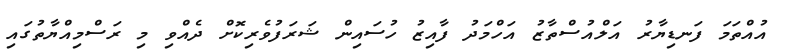
އުއްތަމަ ފަނޑިޔާރު އަލްއުސްތާޒު އަހްމަދު ފާއިޒު ހުސައިން ޝަރަފުވެރިކޮށް ދެއްވި މި ރަސްމިއްޔާތުގައި